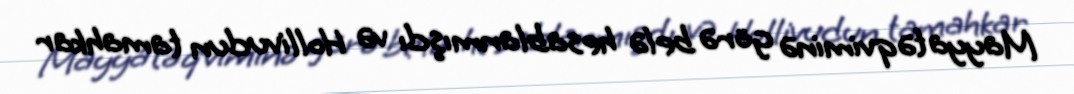
Mayya təqviminə görə belə hesablanmışdı və Hollivudun tamahkar